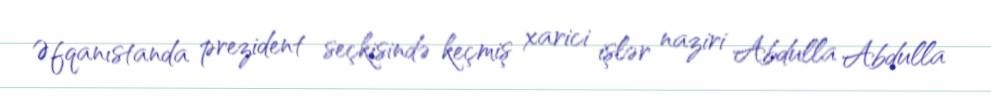
Əfqanıstanda prezident seçkisində keçmiş xarici işlər naziri Abdulla Abdulla